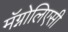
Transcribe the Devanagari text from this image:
मॅग्नोलिएसी